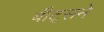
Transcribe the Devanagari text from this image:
बीट्सने